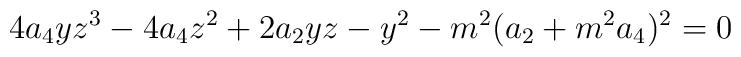
4a_4 y z^3 - 4a_4 z^2 + 2a_2 yz - y^2 - m^2 (a_2 +m^2 a_4 )^2 = 0